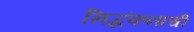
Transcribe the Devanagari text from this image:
सिद्धंकनाची